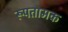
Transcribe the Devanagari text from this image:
रूपतामक